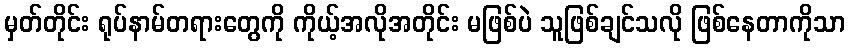
မှတ်တိုင်း ရုပ်နာမ်တရားတွေကို ကိုယ့်အလိုအတိုင်း မဖြစ်ပဲ သူဖြစ်ချင်သလို ဖြစ်နေတာကိုသာ